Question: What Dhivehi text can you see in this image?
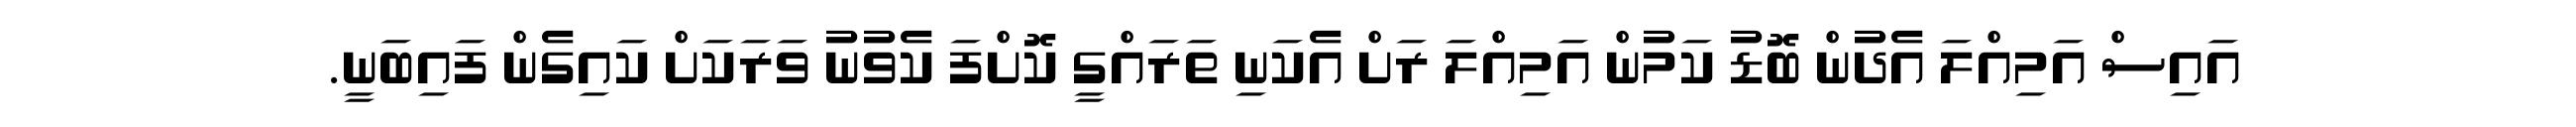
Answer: އައިސް އަމިއްލަ އެދުން ބޮޑު ކަމުން އަމިއްލަ ރަށް އެކަނި ތަރައްގީ ކޮށްފަ ކެވުނު ވަރަކަށް ކައިގެން ފައިބަނީ.